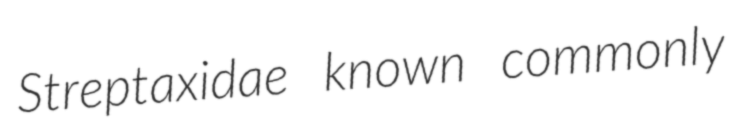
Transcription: Streptaxidae known commonly